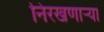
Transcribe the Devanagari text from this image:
निरखणाऱ्या